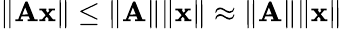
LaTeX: \lVert\mathbf{A}\mathbf{x}\rVert\leq\lVert\mathbf{A}\rVert\lVert\mathbf{x}\rVert\approx\lVert\mathbf{A}\rVert\lVert\mathbf{x}\rVert